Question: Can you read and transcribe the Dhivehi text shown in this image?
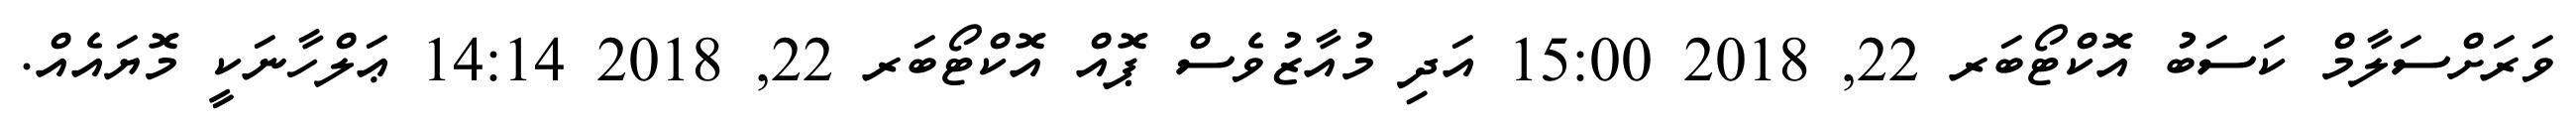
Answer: ވަރަށްސަލާމް ކަސަބު އޮކްޓޯބަރ 22, 2018 15:00 އަދި މުއާޒުވެސް ޕޮއް އޮކްޓޯބަރ 22, 2018 14:14 ޢަލްހާނަކީ މޮޔައެއް.